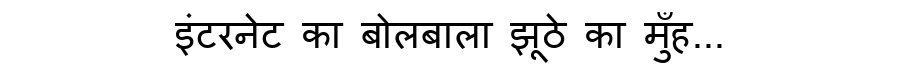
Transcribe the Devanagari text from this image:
इंटरनेट का बोलबाला झूठे का मुँह...